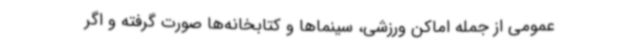
عمومی از جمله اماکن ورزشی، سینماها و کتابخانه‌ها صورت گرفته و اگر